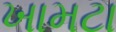
ખામટા